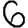
Digit: 6